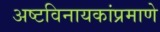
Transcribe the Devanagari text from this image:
अष्टविनायकांप्रमाणे